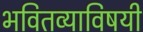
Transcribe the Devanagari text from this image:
भवितव्याविषयी